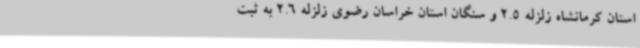
استان کرمانشاه زلزله 2.5 و سنگان استان خراسان رضوی زلزله 2.6 به ثبت